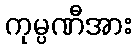
ကုမ္ပဏီအား